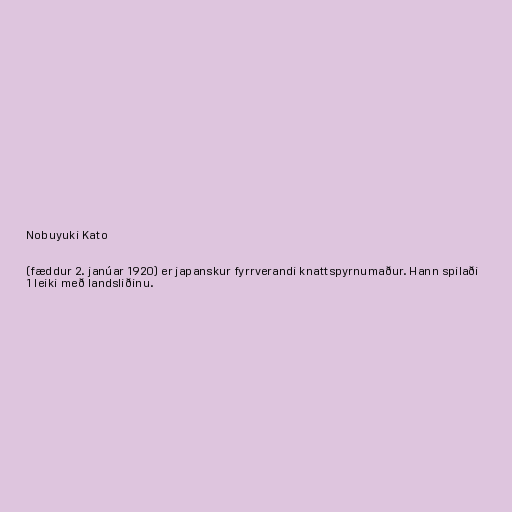
Nobuyuki Kato

(fæddur 2. janúar 1920) er japanskur fyrrverandi knattspyrnumaður. Hann spilaði
1 leiki með landsliðinu.